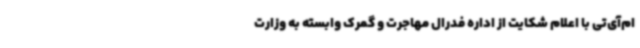
ام‌آی‌تی با اعلام شکایت از اداره فدرال مهاجرت و گمرک وابسته به وزارت